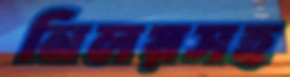
নিলয়সহ